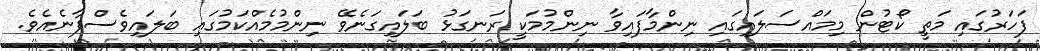
ފަހަރުގައި މަތީ ކޯޓުން މިމައްސަލައިގައި ނިންމާފައިވާ ނިންމުމަކީ ރަނގަޅު ބަލައިގަނެވޭ ނިންމުމެއްކަމުގައި ބަލައިވެސްފާނެއެވެ.